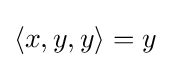
\langle x,y,y\rangle =y